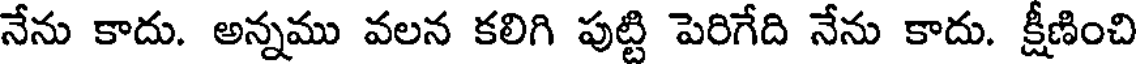
నేను కాదు. అన్నము వలన కలిగి పుట్టి పెరిగేది నేను కాదు. క్షీణించి